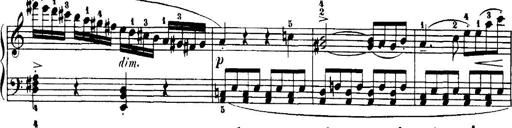
Title: 7 Sonatinas
Composer: Anton Diabelli